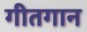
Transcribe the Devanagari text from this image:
गीतगान